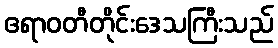
ဧရာဝတီတိုင်းဒေသကြီးသည်